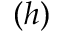
( h )